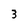
Character: 3